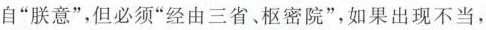
自“朕意”，但必须“经由三省、枢密院”，如果出现不当，